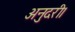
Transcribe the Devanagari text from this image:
अनुदरी।